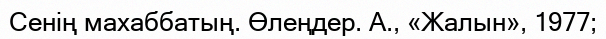
Сенің махаббатың. Өлеңдер. А., «Жалын», 1977;